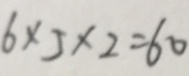
6 \times 5 \times 2 = 6 0